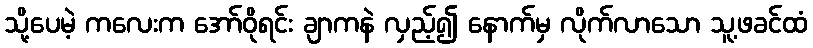
သို့ပေမဲ့ ကလေးက အော်ဝိုရင်း ချာကနဲ လှည့်၍ နောက်မှ လိုက်လာသော သူ့ဖခင်ထံ